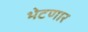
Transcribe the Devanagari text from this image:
भेटणार